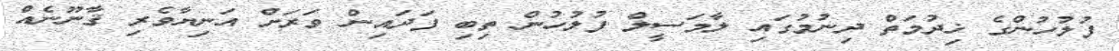
ފުލުހުންގެ ޚިދުމަތް ދިނުމުގައި ލާމަސީލް ފުލުހުން ތިބި ފަދައިން ވަރަށް އަނިޔާވެރި ޤާނޫނެއް